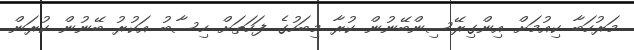
މަރުހަބާ ކިއުމަށް އިންގިރޭސިންބޭނުން ކުރާ މިބަހުގެ ފަހަތަށް ހިސާބު އަކުރު ބޭނުން ކުރަން